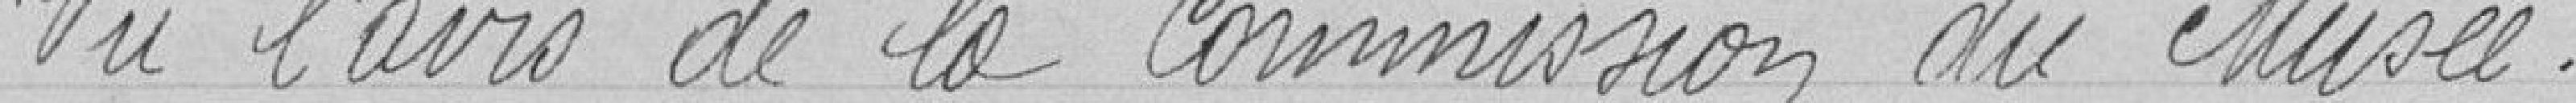
Vu l'avis de la Commission du Musée.